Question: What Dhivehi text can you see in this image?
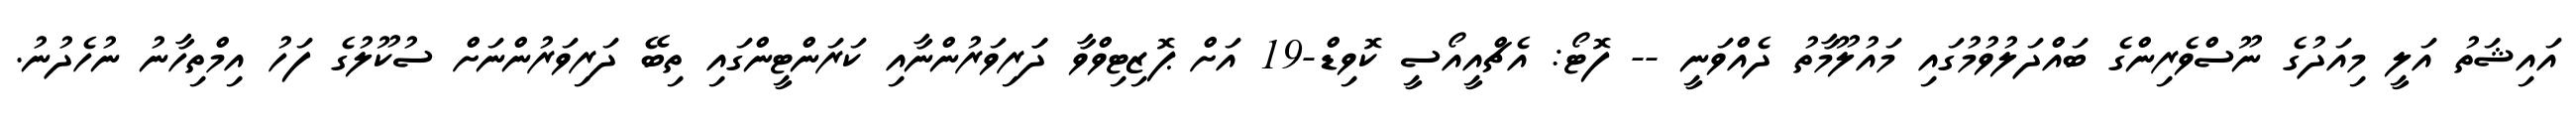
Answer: އައިޝަތު އަލީ މިއަދުގެ ނޫސްވެރިންގެ ބައްދަލުވުމުގައި މައުލޫމާތު ދެއްވަނީ -- ފޮޓޯ: އެޗްއީއޯސީ ކޮވިޑް-19 އަށް ޕޮޒިޓިވްވާ ދަަރިވަރުންނާއި ކަރަންޓީންގައި ތިބޭ ދަރިވަރުންނަށް ސުކޫލުގެ ފަހު އިމްތިހާނު ނުހެދުނު.